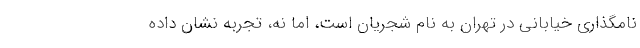
نامگذاری خیابانی در تهران به نام شجریان است، اما نه، تجربه نشان داده